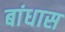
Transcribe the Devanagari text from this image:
बांधास